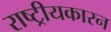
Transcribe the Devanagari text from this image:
राष्ट्रीयकारन